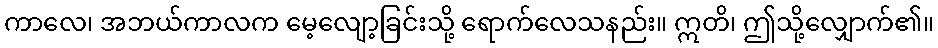
ကာလေ၊ အဘယ်ကာလက မေ့လျော့ခြင်းသို့ ရောက်လေသနည်း။ ဣတိ၊ ဤသို့လျှောက်၏။